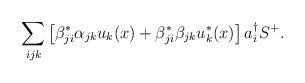
LaTeX: \begin{align*}\sum_{ijk}\left[\beta^{*}_{ji}\alpha_{jk}u_{k}(x)+\beta_{ji}^{*}\beta_{jk}u_{k}^{*}(x)\right]a_{i}^{\dag}S^{+}. \end{align*}